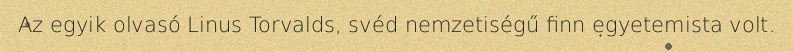
Az egyik olvasó Linus Torvalds, svéd nemzetiségű finn egyetemista volt.